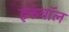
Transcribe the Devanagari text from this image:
इंकबॉल